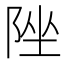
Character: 𨹫